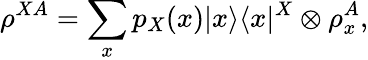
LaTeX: \rho^{XA}=\sum_{x}p_{X}(x)\vert x\rangle\langle x\vert^{X}\otimes\rho_{x}^{A},